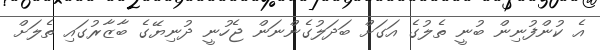
އެ ކުންފުނިން ބުނީ ތެލުގެ އަގަށް ބަދަލުގެންނަން ޖެހުނީ ދުނިޔޭގެ ބާޒާރުގައި ތެލަށް